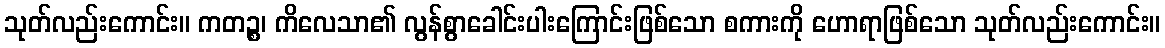
သုတ်လည်းကောင်း။ ကတဉ္စ၊ ကိလေသာ၏ လွန်စွာခေါင်းပါးကြောင်းဖြစ်သော စကားကို ဟောရာဖြစ်သော သုတ်လည်းကောင်း။